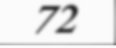
72